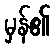
မှန်၏